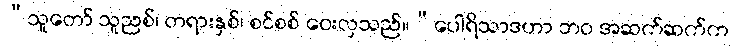
“သူတော် သူညစ်၊ တရားနှစ်၊ စင်စစ် ဝေးလှသည်။”ပေါရိသာဒဟာ ဘဝ အဆက်ဆက်က